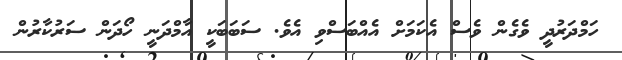
ހަމްދަރުދީ ވެގެން ވެސް އެކަމަށް އެއްބަސްވި އެވެ. ސަބަބަކީ އާމްދަނީ ހޯދަން ސަރުކާރުން